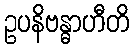
ဥပနိဗန္ဓာဟီတိ